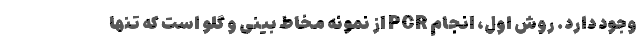
وجود دارد. روش اول، انجام PCR از نمونه مخاط بینی و گلو است که تنها